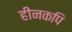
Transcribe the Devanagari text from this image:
हीनकपि